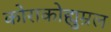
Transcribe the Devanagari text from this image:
कोराकोह्युम्रल